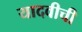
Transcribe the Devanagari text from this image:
यादवीची